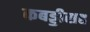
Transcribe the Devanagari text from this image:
कबड्डीसह